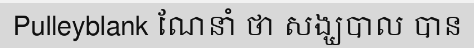
Pulleyblank ណែនាំ ថា សង្ឃបាល បាន